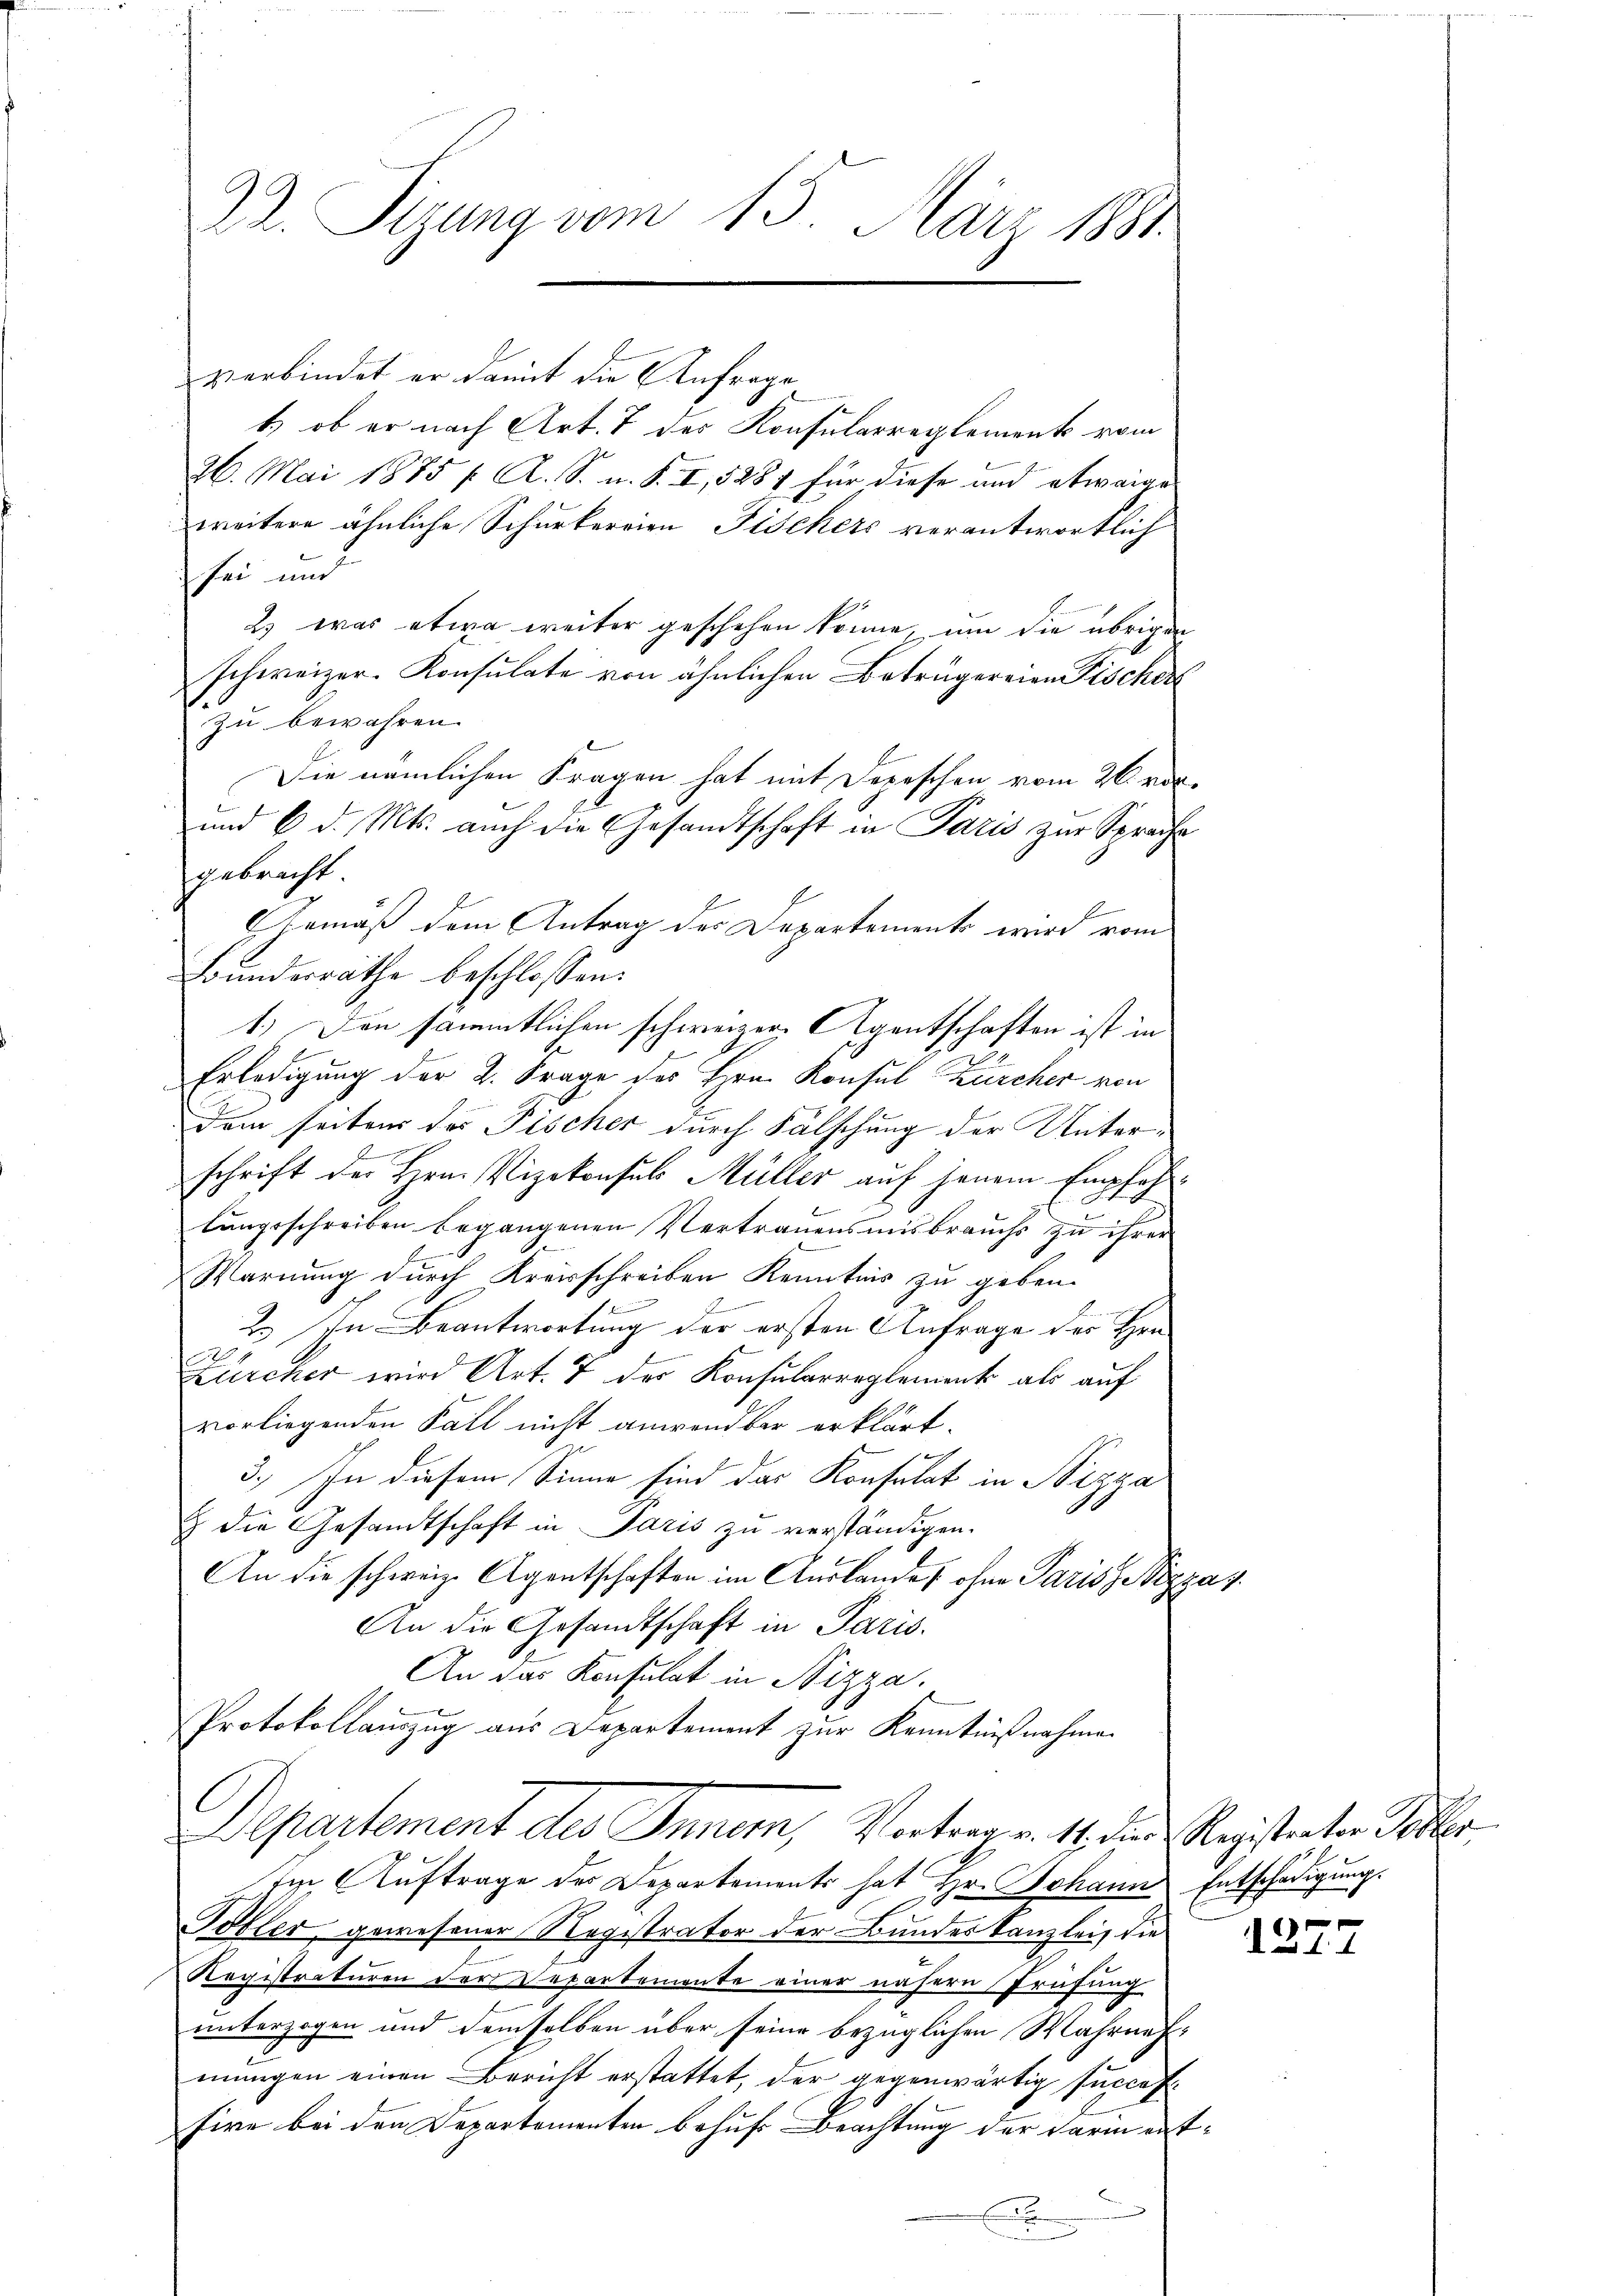
Dr. Sizung vom 15. März 1881.

verbindet er damit die Anfrage
t) ob er nach Art. 7 des Konsularreglement vom
26. Mai 1885 f. A. S. u. S. I, 5287 für diese und etwaige
weitere ähnliche Schurterrien Fischers verantwortlich
sei und
2) was etwa weiter geschehen könne, um die übrigen
schweizer. Konsulate von ähnlichen Betrügereien Fischer
zu bewahren.
Die nämlichen Fragen hat mit Depeschen vom 26. vor.
d
und 6 d. Mts. auch die Gesandtschaft in Paris zur Sprache
gebracht
s
AGemäß dem Antrag des Departements wird vom
Bunderräthe beschlossen:
1.) Den sämmtlichen schweizer, Agentschaften ist in
Erledigung der 2. Frage des Hrn. Konsul Kircher von
dem seitens des Fischer durch Fälschung der Unter¬
.
schrift der Hrn. Vizekonsuls Müller auf jenem Empfehlungsschreiben begangenen Vertrauensmisbrauchs zu ihrer
Warnung durch Kreisschreiben Kenntnis zu geben.
2. In Beantwortung der ersten Anfrage des Hrn.
Zürcher wird Art. 7 der Konsularreglement als auf
vorliegenden Fall nicht anwendbar erklärt.
ja
3.) In diesem Sinne sind das Konsulat in Nizza
 die Gesandtschaft in Paris zu verständigen.
An die schweiz. Agentschaften im Auslandes ohne Paris, Nizzaz
An die Gesandtschaft in Paris.
An das Konsulat in Nizza,
Protokollauszug aus Departement zur Kenntnißnahmen
l
Departement des Innern, Vortrag v. 14. der Registrator Poster
ti Auftrage des Departements hat Hr. Johann Entschädigung.
E
Tobler, gewesener Registrator der Bundeskanzlei, die
Registraturen der Repartemente einer nähern Prüfung
unterzogen und demselben über seine bezüglichen Wahrnehmungen einen Bericht erstattet, der gegenwärtig succes
Eire bei den Departementen behufs Beachtung der Darin entx

x

d. B. 1. 1